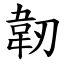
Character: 韌